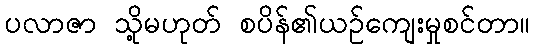
ပလာဇာ သို့မဟုတ် စပိန်၏ယဉ်ကျေးမှုစင်တာ။